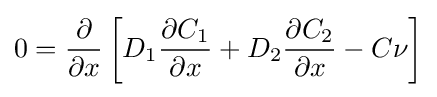
0={\frac {\partial }{\partial x}}\left[D_{1}{\frac {\partial C_{1}}{\partial x}}+D_{2}{\frac {\partial C_{2}}{\partial x}}-C\nu \right]